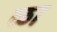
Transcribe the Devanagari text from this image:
ळा